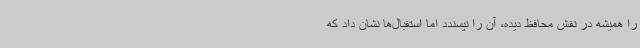
را همیشه در نقش محافظ دیده، آن را نپسندد اما استقبال‌ها نشان داد که